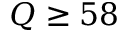
Q \geq 5 8